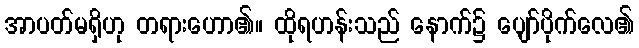
အာပတ်မရှိဟု တရားဟော၏။ ထိုရဟန်းသည် နောက်၌ ပျော်ပိုက်လေ၏